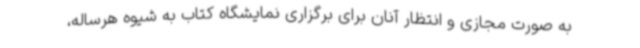
به صورت مجازی و انتظار آنان برای برگزاری نمایشگاه کتاب به شیوه هرساله،